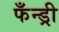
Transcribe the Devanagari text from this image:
फँन्ड्री